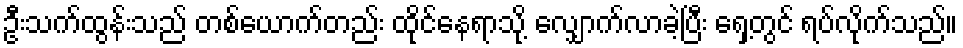
ဦးသက်ထွန်းသည် တစ်ယောက်တည်း ထိုင်နေရာသို့ လျှောက်လာခဲ့ပြီး ရှေ့တွင် ရပ်လိုက်သည်။